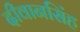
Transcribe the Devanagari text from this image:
दीवानसिंह